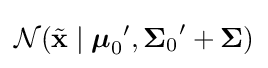
{\mathcal {N}}({\tilde {\mathbf {x} }}\mid {{\boldsymbol {\mu }}_{0}}',{{\boldsymbol {\Sigma }}_{0}}'+{\boldsymbol {\Sigma }})